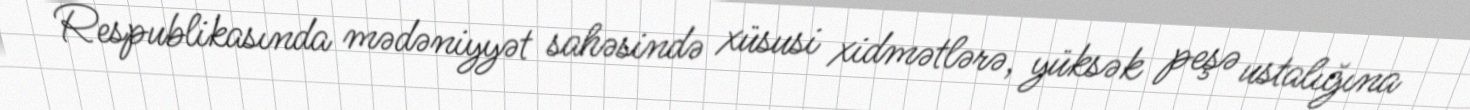
Respublikasında mədəniyyət sahəsində xüsusi xidmətlərə, yüksək peşə ustalığına